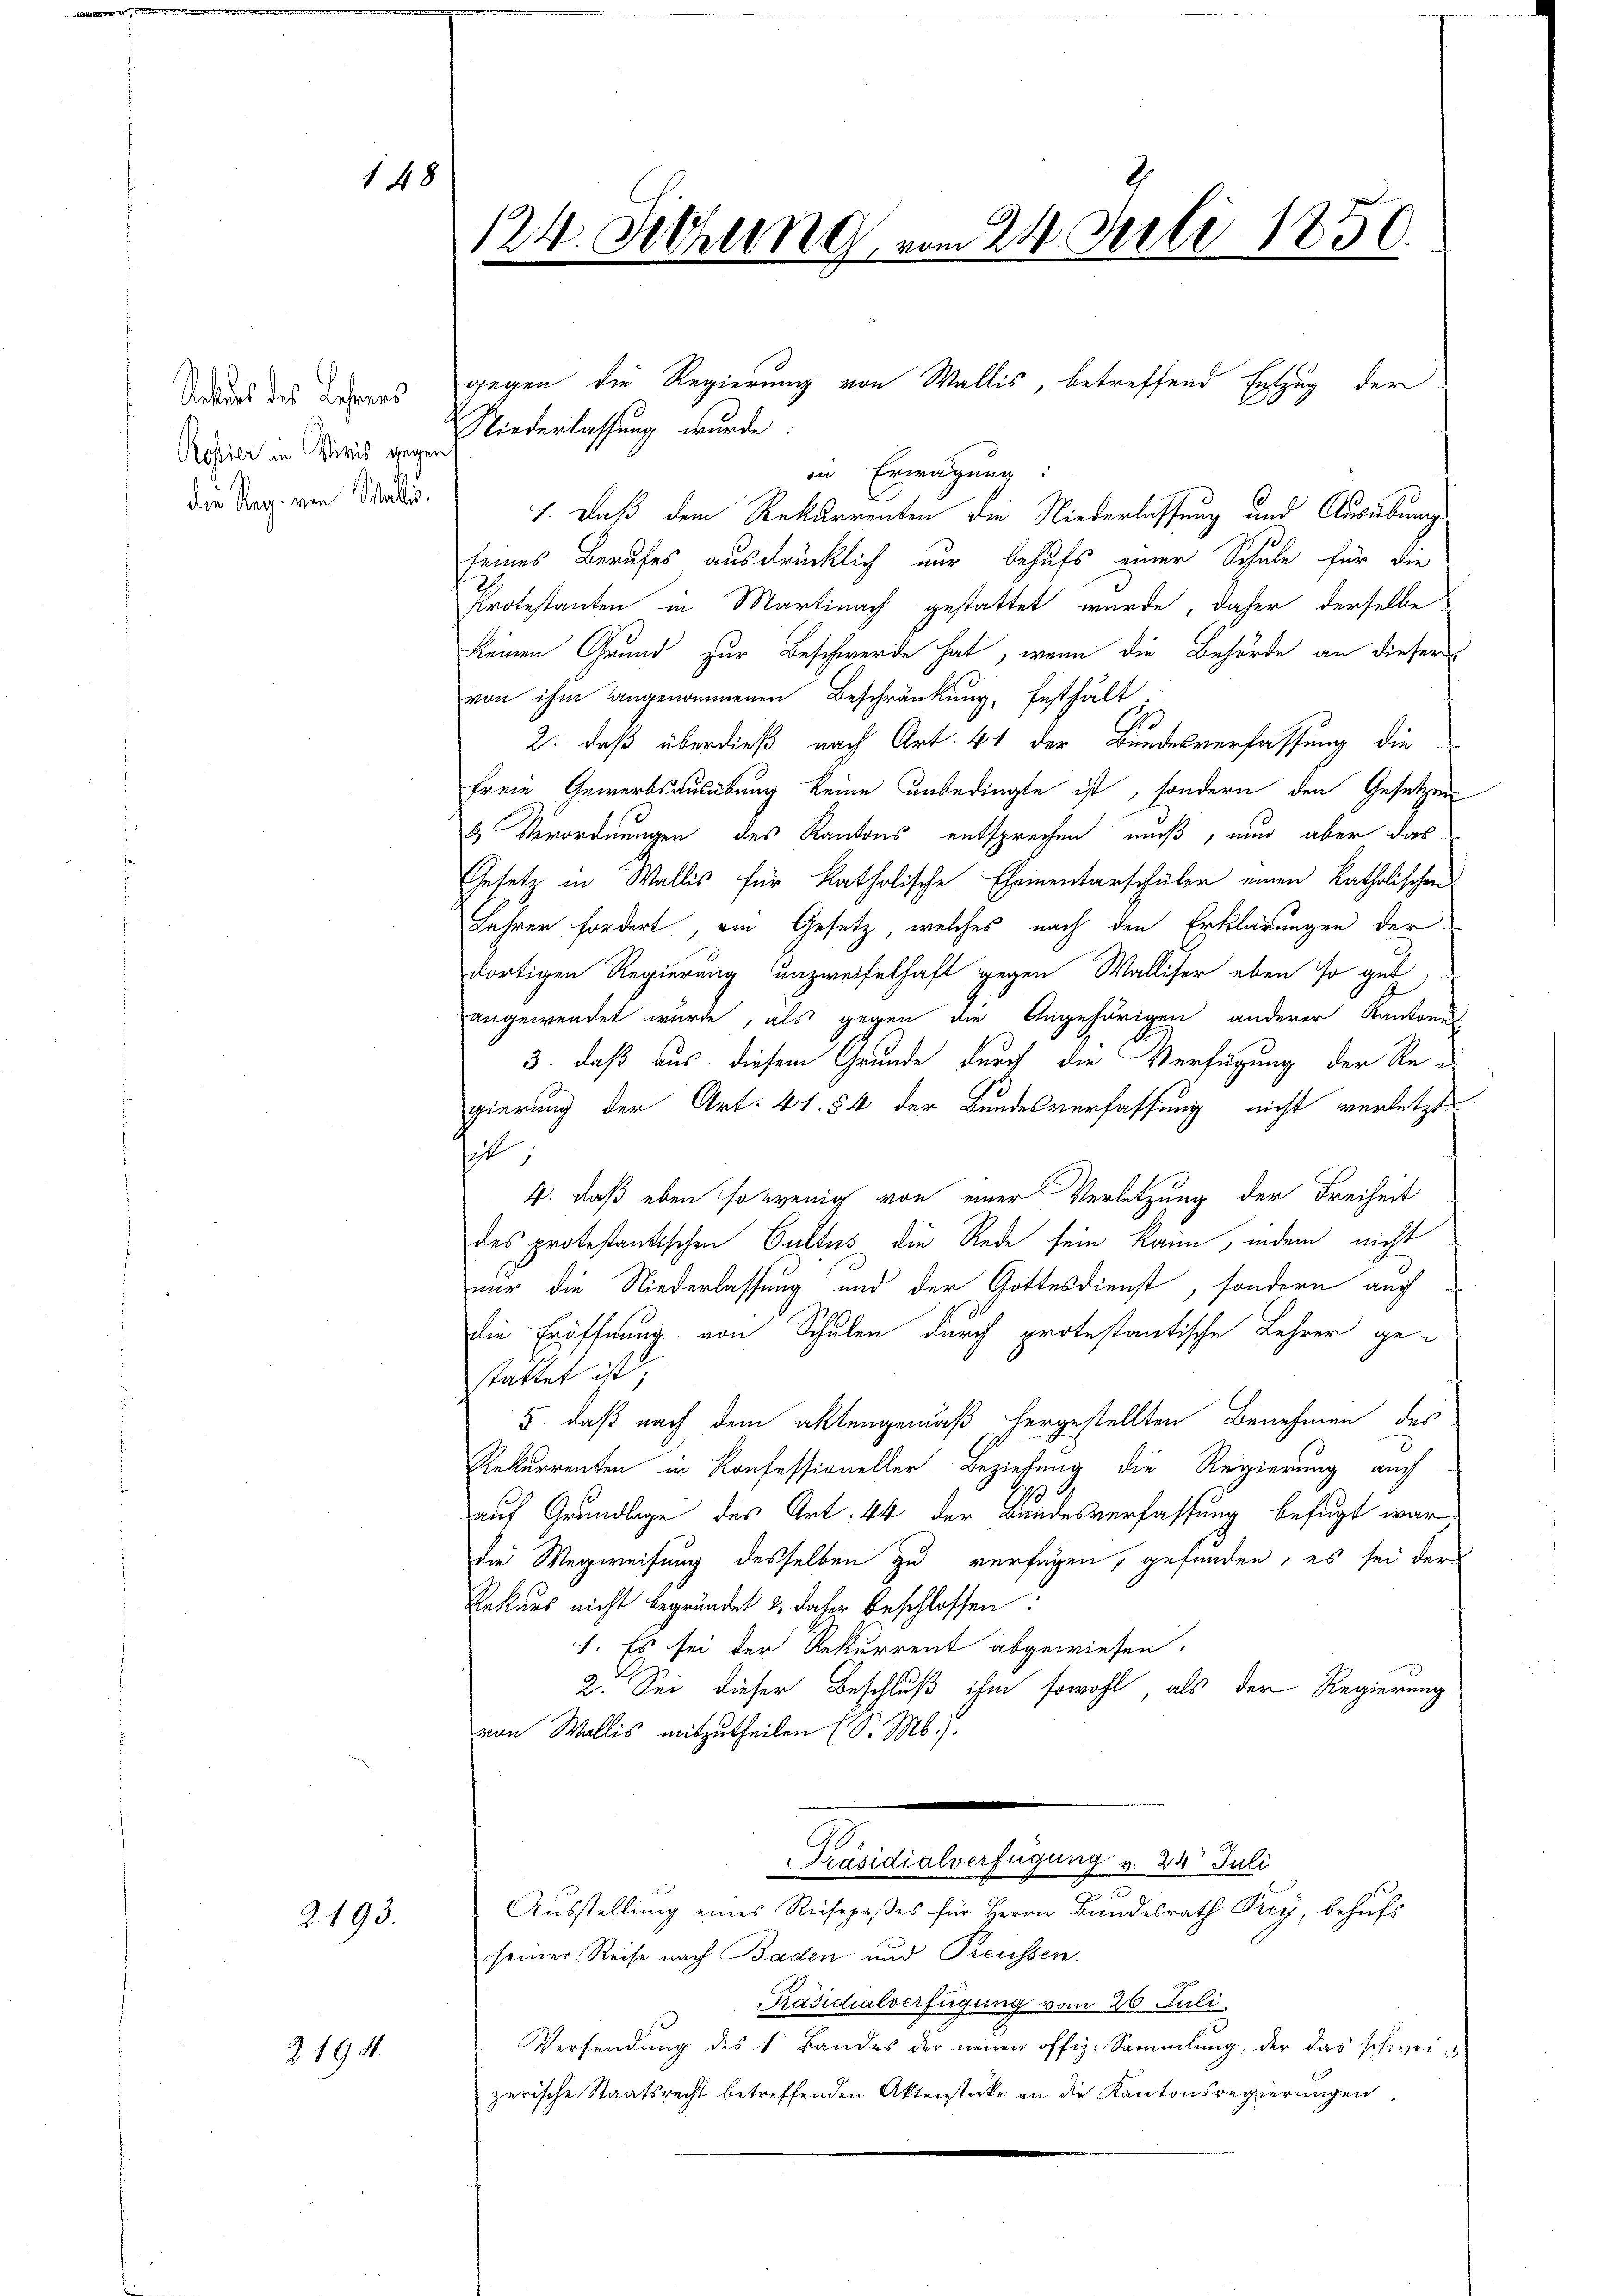
148

Stellens des Lesenes
Rossier in Wiris gegen
die Reg. von Mali¬

2193.

2194.

124. Sitzung, vom 24. Juli 1850.

Niederlassung wurde
in Erwägung:
1. Daß dem Rekurrenten die Niederlassung und Ausübung
seines Berufes ausdrücklich nur behufs einer Schule für die
Protestanten in Martinach gestattet wurde, daher derselbe
keinen Grund zur Beschwerde hat, wenn die Behörde an dieser
von ihm angenommenen Beschränkung, festhält¬
2: daß überdieß nach Art. 41 der Bundesverfassung die
freie Gewerbsausübung keine unbedingte ist, sondern den Gesetzen-
2 Verordnungen des Kantons entsprechen muß, nun aber das
Gesetz in Wallis für katholische Ehementarschüler einen katholischen
Lehrer fordert, am Gesetz, welches nach den Erklärungen der
dortigen Regierung unzweifelhaft gegen Walliser eben so gut,
angewendet wurde, als gegen die Angehörigen anderer Kantonss
3. daß aus diesem Grunde durch die Verfügung der Regierung der Art. 41. 54 der Bundesverfassung nicht verletzt
,
4. daß eben so wenig von einer Verletzung der Freiheit
des protestantischen Cultus die Rede sein kaim, indem nicht
nur die Niederlassung und der Gottesdienst, sondern auch
die Eröffnung von Schulen durch protestantische Lehrer ge-
stattet ist;
5. daß nach dem Aktengemäß hergestellten Benehmen des
Rekurrenten in Konfessioneller Beziehung die Regierung auch
15
auf Grundlage des Art. 44 der Bundesverfassung befugt war
die Wegweisung desselben zu verfügen, gefunden, es sei der
Rekurs nicht begründet & daher beschlossen:
1. Es sei der Rekurrent abgewiesen.
2. Sei dieser Beschluß ihm sowohl als der Regierung
von Wallis mitzutheilen (d. Ms.).
Präsidialverfügung v. 24. Juli
Ausstellung eines Reisepaßes für Herrn Bundesrath Prey, behŭfs
seiner Reise nach Baden und Preussen.
Präsidialverfügung vom 20. Juli.
Versendŭng des 1 Bandes der neuen offiz. Sammlung, der das schweizerische Staatsrecht betreffenden Aktenstücke an die Kantonsregierungen.

gegen die Regierung von Wallis, betreffend Entzug der